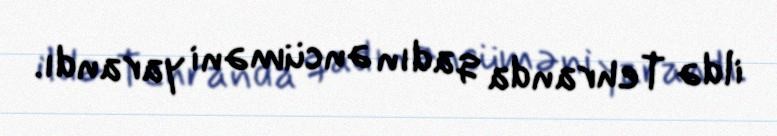
ildə Tehranda qadın əncüməni yarandı.